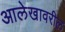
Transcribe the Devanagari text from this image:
आलेखावरील